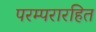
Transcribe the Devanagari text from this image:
परम्परारहित